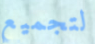
لتجميع